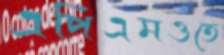
এপিএমওতে